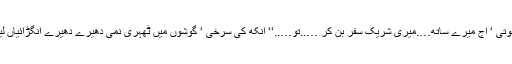
’’اور اگر وہ ہوتی ‘ آج میرے ساتھ….میری شریک سفر بن کر …..تو…..‘‘ آنکھ کی سرخی ‘ گوشوں میں ٹھہری نمی دھیرے دھیرے انگڑائیاں لینے لگی تھی۔